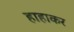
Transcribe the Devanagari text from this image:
हाहाकर